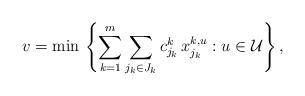
LaTeX: \begin{align*}v = \min \, \left\{\sum_{k = 1}^m \sum_{j_k \in J_k} c_{j_k}^k \, x_{j_k}^{k, u}: u \in \mathcal{U}\right\},\end{align*}